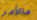
ماالأمر